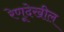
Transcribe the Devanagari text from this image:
रेणूदेखील